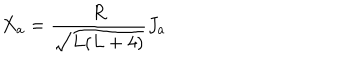
LaTeX: X _ { a } = \frac { R } { \sqrt { L ( L + 4 ) } } J _ { a }